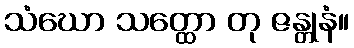
သံဃော သတ္ထော တု ဇန္တုနံ။